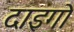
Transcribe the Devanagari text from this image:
दाइगो